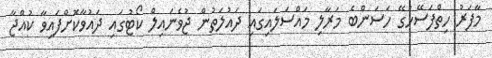
މާފަރު ހިތްފަސޭހަގޭ ހަސަންބެ މަރާލި މައްސަލައިގައި ދައުލަތުން ޖުވެނައިލް ކޯޓުގައި ދައުވާކޮށްފައިވާ ކުއްޖާ